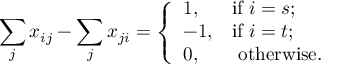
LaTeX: \sum _ { j } x _ { i j } - \sum _ { j } x _ { j i } = { \left\{ \begin{array} { l l } { 1 , } & { { \mathrm { i f ~ } } i = s ; } \\ { - 1 , } & { { \mathrm { i f ~ } } i = t ; } \\ { 0 , } & { { \mathrm { ~ o t h e r w i s e . } } } \end{array} \right. }